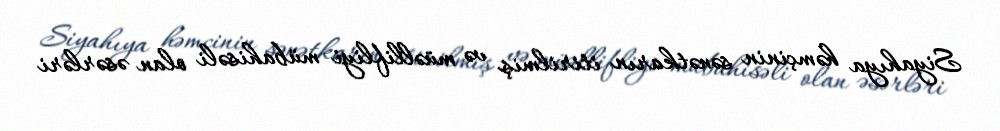
Siyahıya həmçinin sənətkarın itirilmiş və müəllifliyi mübahisəli olan əsərləri